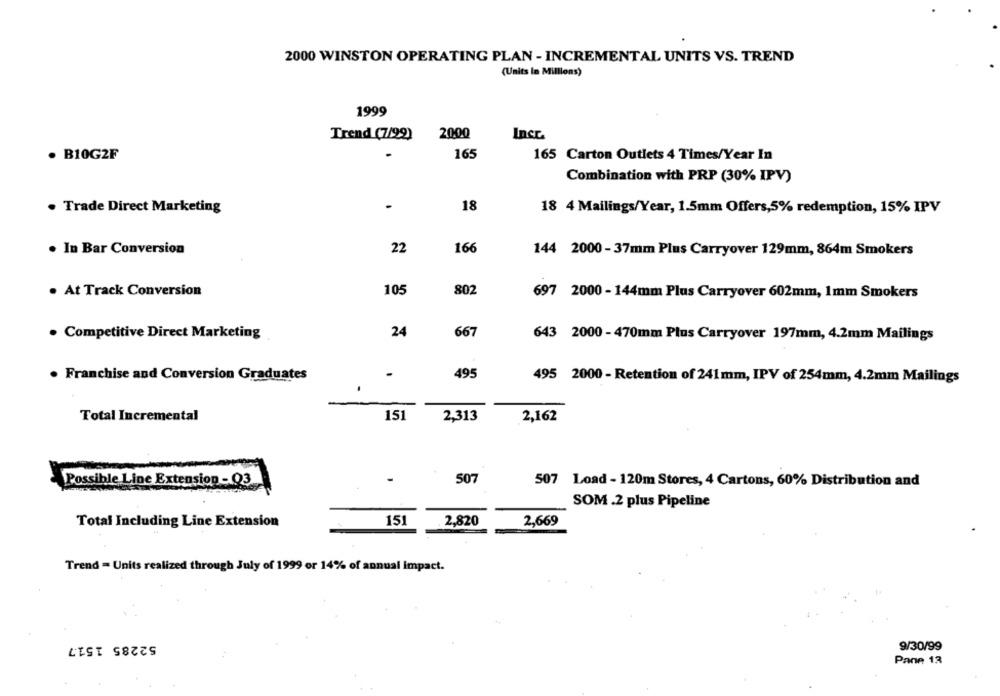
2000 WINSTON OPERATING PLAN - INCREMENTAL UNITS VS. TREND
(Units in Millions)
1999
Trend (7/99)
2000
Incr
· B10G2F
165
165 Carton Outlets 4 Times/Year In
Combination with PRP (30% IPV)
. Trade Direct Marketing
-
18
18 4 Mailings/Year, 1.5mm Offers,5% redemption, 15% IPV
. In Bar Conversion
22
166
144 2000- 37mm Plus Carryover 129mm, 864m Smokers
. At Track Conversion
105
802
697 2000 - 144mm Plus Carryover 602mm, 1mm Smokers
24
667
Competitive Direct Marketing
643 2000 - 470mm Plus Carryover 197mm, 4.2mm Mailings
· Franchise and Conversion Graduates
-
495
495 2000 - Retention of 241mm, IPV of 254mm, 4.2mm Mailings
Total Incremental
151
2,313
2,162
507
Possible Line Extension - 03
507 Load - 120m Stores, 4 Cartons, 60% Distribution and
SOM .2 plus Pipeline
151
Total Including Line Extension
. 2,820
2,669
Trend = Units realized through July of 1999 or 14% of annual impact.
52285 151.7
9/30/99
Pane 13